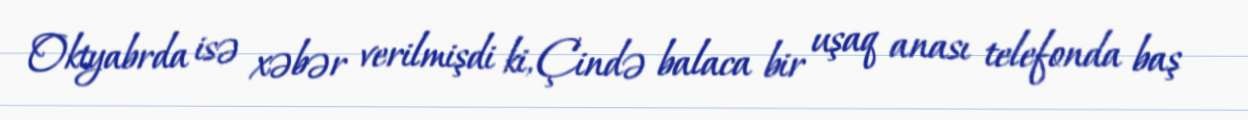
Oktyabrda isə xəbər verilmişdi ki, Çində balaca bir uşaq anası telefonda baş